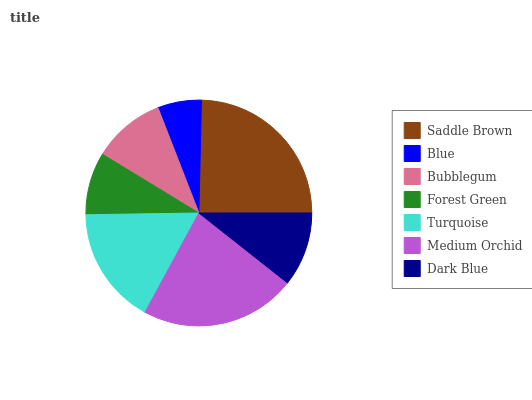
| Saddle Brown | Blue | Bubblegum | Forest Green | Turquoise | Medium Orchid | Dark Blue |
 | --- | --- | --- | --- | --- | --- | --- |
 | 24.7% | 6.27% | 10.4% | 8.95% | 16.9% | 22.3% | 10.6% |